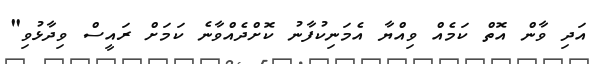
އަދި ވާން އޮތް ކަމެއް ވިއްޔާ އެމަނިކުފާނު ކޮށްދެއްވާނެ ކަމަށް ރައީސް ވިދާޅުވި"